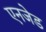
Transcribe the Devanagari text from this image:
एनजेड